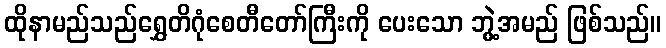
ထိုနာမည်သည်ရွှေတိဂုံစေတီတော်ကြီးကို ပေးသော ဘွဲ့အမည် ဖြစ်သည်။